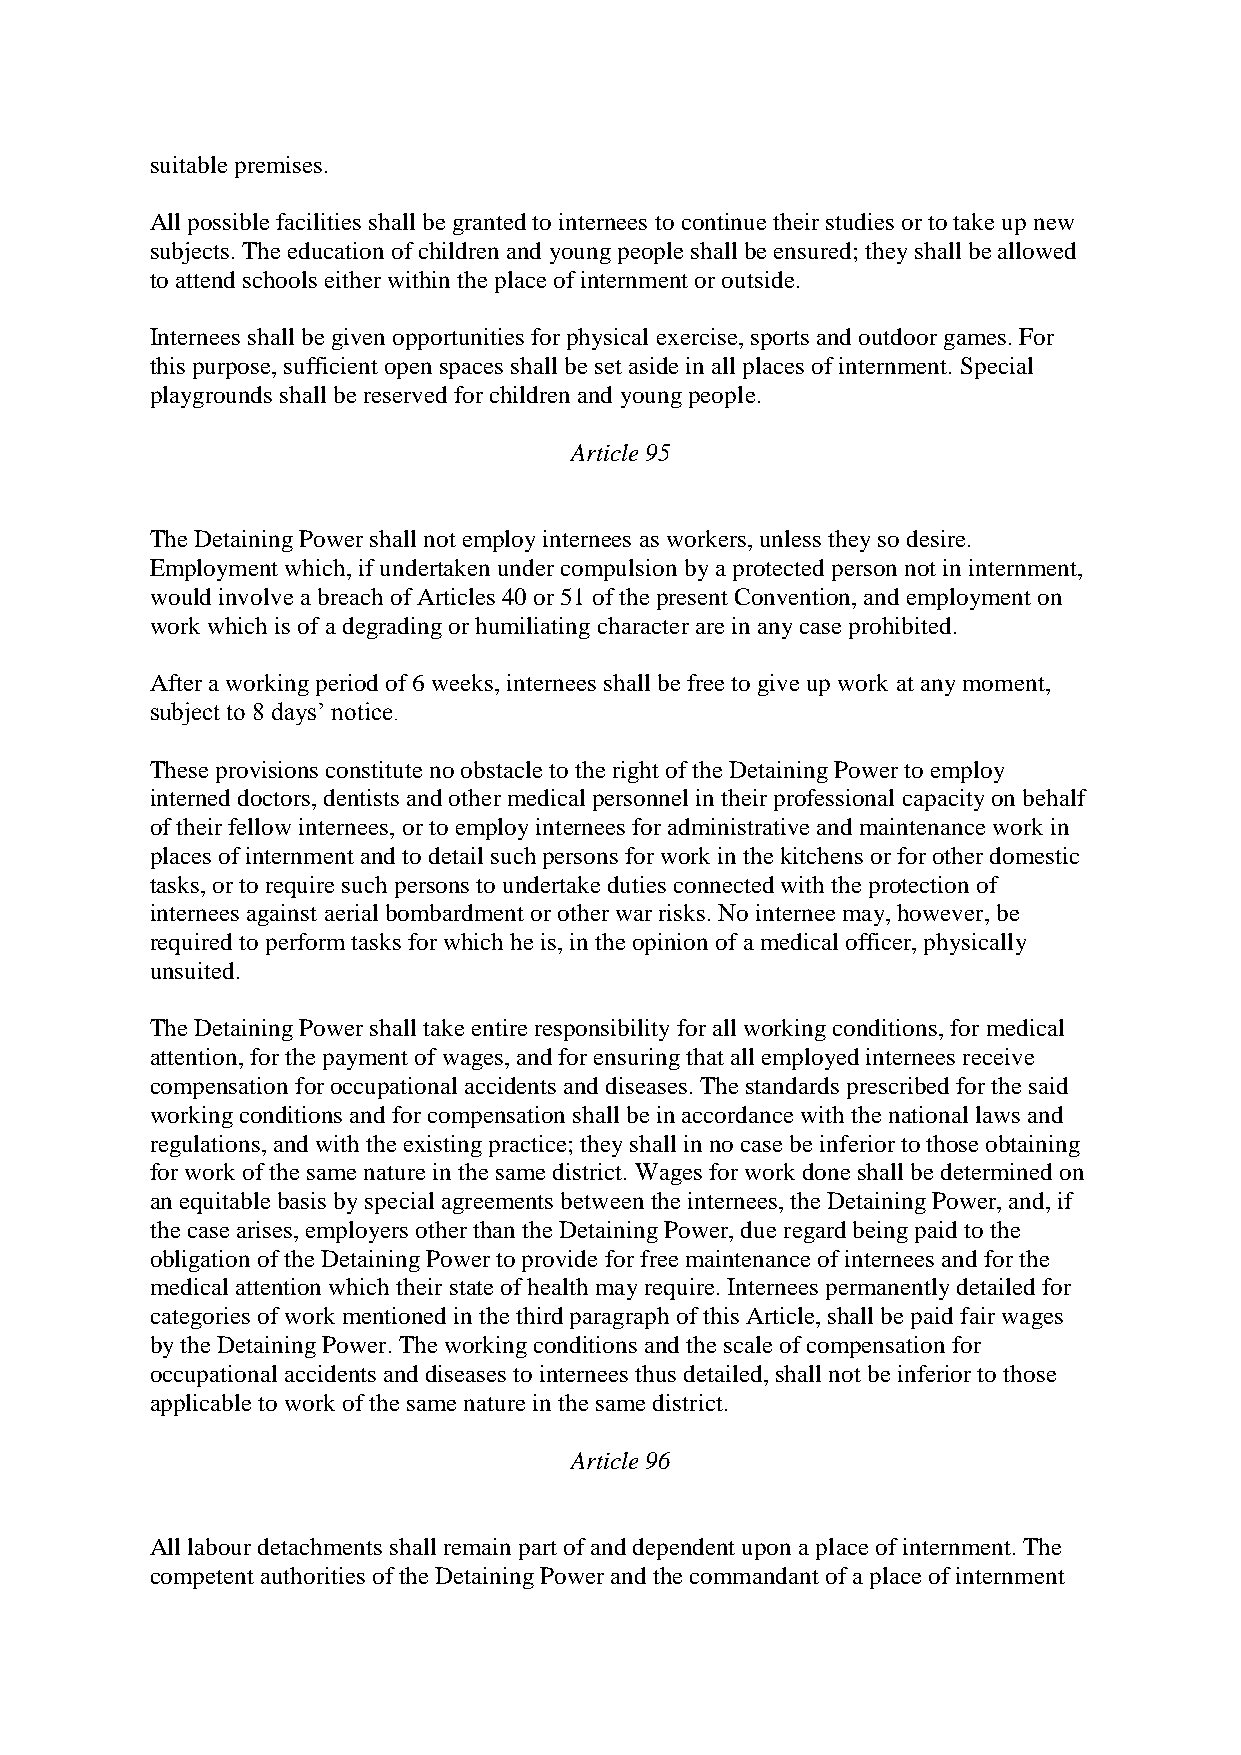
suitable premises.
 All possible facilities shall be granted to internees to continue their studies or to take up new
 subjects. The education of children and young people shall be ensured; they shall be allowed
 to attend schools either within the place of internment or outside.
 Internees shall be given opportunities for physical exercise, sports and outdoor games. For
 this purpose, sufficient open spaces shall be set aside in all places of internment. Special
 playgrounds shall be reserved for children and young people.
 Article 95
 The Detaining Power shall not employ internees as workers, unless they so desire.
 Employment which, if undertaken under compulsion by a protected person not in internment,
 would involve a breach of Articles 40 or 51 of the present Convention, and employment on
 work which is of a degrading or humiliating character are in any case prohibited.
 After a working period of 6 weeks, internees shall be free to give up work at any moment,
 subject to 8 days’ notice.
 These provisions constitute no obstacle to the right of the Detaining Power to employ
 interned doctors, dentists and other medical personnel in their professional capacity on behalf
 of their fellow internees, or to employ internees for administrative and maintenance work in
 places of internment and to detail such persons for work in the kitchens or for other domestic
 tasks, or to require such persons to undertake duties connected with the protection of
 internees against aerial bombardment or other war risks. No internee may, however, be
 required to perform tasks for which he is, in the opinion of a medical officer, physically
 unsuited.
 The Detaining Power shall take entire responsibility for all working conditions, for medical
 attention, for the payment of wages, and for ensuring that all employed internees receive
 compensation for occupational accidents and diseases. The standards prescribed for the said
 working conditions and for compensation shall be in accordance with the national laws and
 regulations, and with the existing practice; they shall in no case be inferior to those obtaining
 for work of the same nature in the same district. Wages for work done shall be determined on
 an equitable basis by special agreements between the internees, the Detaining Power, and, if
 the case arises, employers other than the Detaining Power, due regard being paid to the
 obligation of the Detaining Power to provide for free maintenance of internees and for the
 medical attention which their state of health may require. Internees permanently detailed for
 categories of work mentioned in the third paragraph of this Article, shall be paid fair wages
 by the Detaining Power. The working conditions and the scale of compensation for
 occupational accidents and diseases to internees thus detailed, shall not be inferior to those
 applicable to work of the same nature in the same district.
 Article 96
 All labour detachments shall remain part of and dependent upon a place of internment. The
 competent authorities of the Detaining Power and the commandant of a place of internment